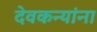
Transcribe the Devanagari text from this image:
देवकन्यांना